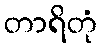
တာရိတုံ